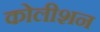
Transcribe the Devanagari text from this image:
कोलीशन